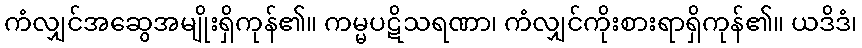
ကံလျှင်အဆွေအမျိုးရှိကုန်၏။ ကမ္မပဋိသရဏာ၊ ကံလျှင်ကိုးစားရာရှိကုန်၏။ ယဒိဒံ၊